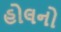
હોલનો